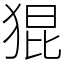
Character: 猑